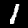
Digit: 1